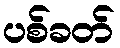
ပစ်ခတ်